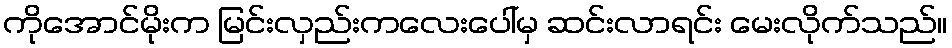
ကိုအောင်မိုးက မြင်းလှည်းကလေးပေါ်မှ ဆင်းလာရင်း မေးလိုက်သည်။